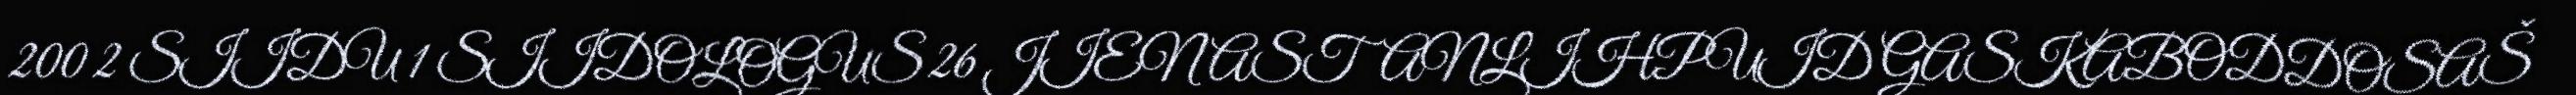
200 2 SIIDU 1 SIIDOLOGUS 26 JIENASTANLIHPUID GASKABODDOSAŠ